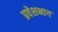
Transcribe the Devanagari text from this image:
प्रवेशभाग